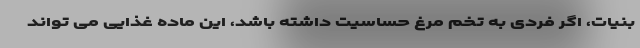
بنیات، اگر فردی به تخم مرغ حساسیت داشته باشد، این ماده غذایی می تواند